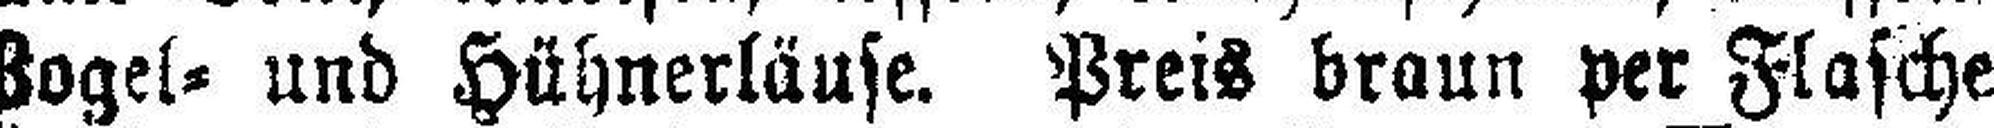
Vogel= und Hühnerläuse. Preis braun per Flasche